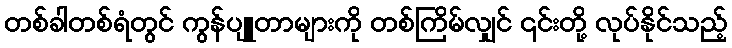
တစ်ခါတစ်ရံတွင် ကွန်ပျူတာများကို တစ်ကြိမ်လျှင် ၎င်းတို့ လုပ်နိုင်သည့်